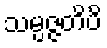
သမ္ပဇ္ဇတိပိ